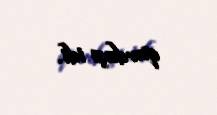
qardaşı idi.